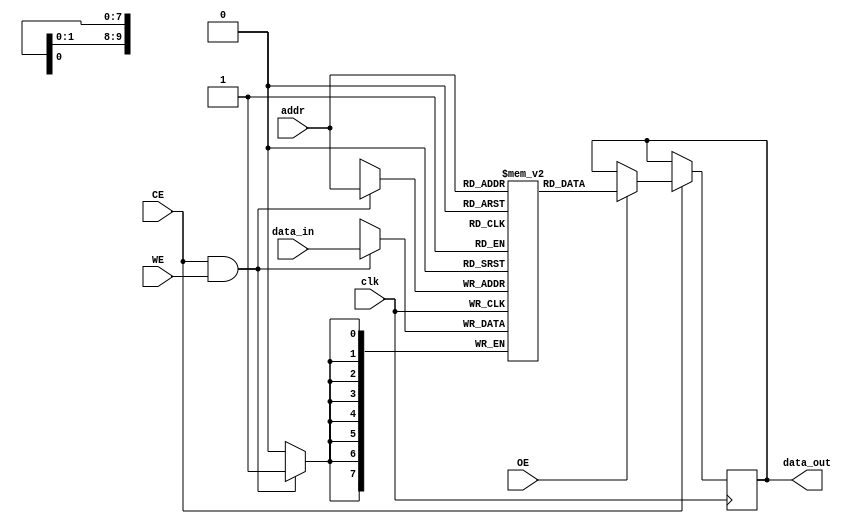
module low_power_sram #(
    parameter ADDR_WIDTH = 10, // Address width for 1K (2^10) memory
    parameter DATA_WIDTH = 8    // Data width (8 bits)
)(
    input wire clk,             // Clock signal
    input wire CE,              // Chip Enable
    input wire WE,              // Write Enable
    input wire OE,              // Output Enable
    input wire [ADDR_WIDTH-1:0] addr, // Address input
    input wire [DATA_WIDTH-1:0] data_in, // Data input
    output reg [DATA_WIDTH-1:0] data_out // Data output
);

    // Memory array declaration
    reg [DATA_WIDTH-1:0] memory [(2**ADDR_WIDTH)-1:0];

    // Read operation
    always @(posedge clk) begin
        if (CE) begin
            if (OE) begin
                // Output data on the bus if output enable is asserted
                data_out <= memory[addr];
            end
        end
    end

    // Write operation
    always @(posedge clk) begin
        if (CE && WE) begin
            // Write data to the memory if chip enable and write enable are asserted
            memory[addr] <= data_in;
        end
    end

endmodule